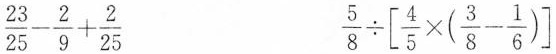
$$\frac{23}{25}- \frac{2}{9}+ \frac{2}{25}$$ $$\frac{5}{8}\div \left[ \frac{4}{5}\times (\frac{3}{8}- \frac{1}{6})\right]$$